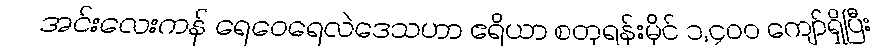
အင်းလေးကန် ရေဝေရေလဲဒေသဟာ ဧရိယာ စတုရန်းမိုင် ၁,၄၀၀ ကျော်ရှိပြီး